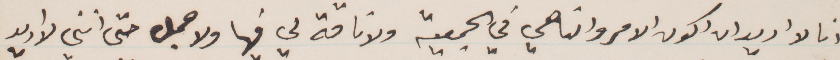
انا لا اريد ان أكون الامر والناهي في الجمعية ولا ناقة لي فيها ولا جمل حتى انني لا اريد